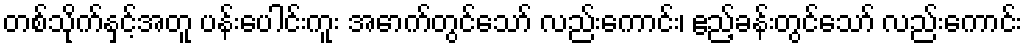
တစ်သိုက်နှင့်အတူ ပန်းပေါင်းကူး အောက်တွင်သော် လည်းကောင်း၊ ဧည့်ခန်းတွင်သော် လည်းကောင်း